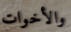
والأخوات